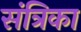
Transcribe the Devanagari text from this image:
संत्रिका